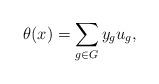
LaTeX: \begin{align*}\theta(x) = \sum_{g\in G} y_g u_g, \end{align*}